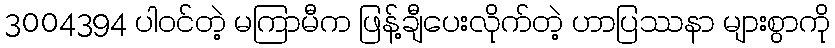
3004394 ပါ၀င်တဲ့ မကြာမီက ဖြန့်ချီပေးလိုက်တဲ့ ဟာပြဿနာ များစွာကို